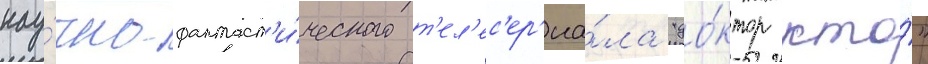
нау́чно-фантаст'и́ческого т'ел'ес'ер'иа́ла "до́ктор кто́"